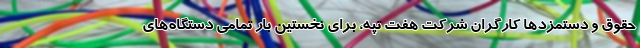
حقوق و دستمزدها کارگران شرکت هفت تپه، برای نخستین بار تمامی دستگاه‌های